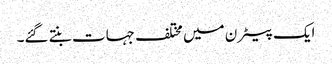
ایک پیٹرن میں مختلف جہات بنتے گئے۔